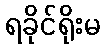
ရခိုင်ရိုးမ